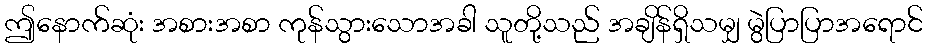
ဤနောက်ဆုံး အစားအစာ ကုန်သွားသောအခါ သူတို့သည် အချိန်ရှိသမျှ မွဲပြာပြာအရောင်